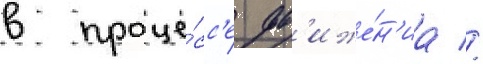
в проце́сс'е дв'иже́н'иа //